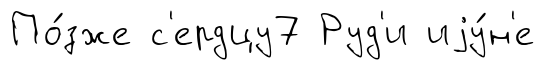
По́зже с'ердцу7 Руд'и иjу́н'е